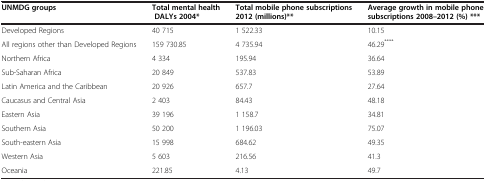
<table><thead><tr><td><b>UNMDG groups</b></td><td><b>Total mental health DALYs 2004*</b></td><td><b>Total mobile phone subscriptions 2012 (millions)**</b></td><td><b>Average growth in mobile phone subscriptions 2008–2012 (%) ***</b></td></tr></thead><tbody><tr><td>Developed Regions</td><td>40 715</td><td>1 522.33</td><td>10.15</td></tr><tr><td>All regions other than Developed Regions</td><td>159 730.85</td><td>4 735.94</td><td>46.29<sup>****</sup></td></tr><tr><td>Northern Africa</td><td>4 334</td><td>195.94</td><td>36.64</td></tr><tr><td>Sub-Saharan Africa</td><td>20 849</td><td>537.83</td><td>53.89</td></tr><tr><td>Latin America and the Caribbean</td><td>20 926</td><td>657.7</td><td>27.64</td></tr><tr><td>Caucasus and Central Asia</td><td>2 403</td><td>84.43</td><td>48.18</td></tr><tr><td>Eastern Asia</td><td>39 196</td><td>1 158.7</td><td>34.81</td></tr><tr><td>Southern Asia</td><td>50 200</td><td>1 196.03</td><td>75.07</td></tr><tr><td>South-eastern Asia</td><td>15 998</td><td>684.62</td><td>49.35</td></tr><tr><td>Western Asia</td><td>5 603</td><td>216.56</td><td>41.3</td></tr><tr><td>Oceania</td><td>221.85</td><td>4.13</td><td>49.7</td></tr></tbody></table>